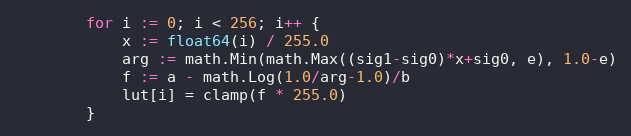
Language: Go
		for i := 0; i < 256; i++ {
			x := float64(i) / 255.0
			arg := math.Min(math.Max((sig1-sig0)*x+sig0, e), 1.0-e)
			f := a - math.Log(1.0/arg-1.0)/b
			lut[i] = clamp(f * 255.0)
		}